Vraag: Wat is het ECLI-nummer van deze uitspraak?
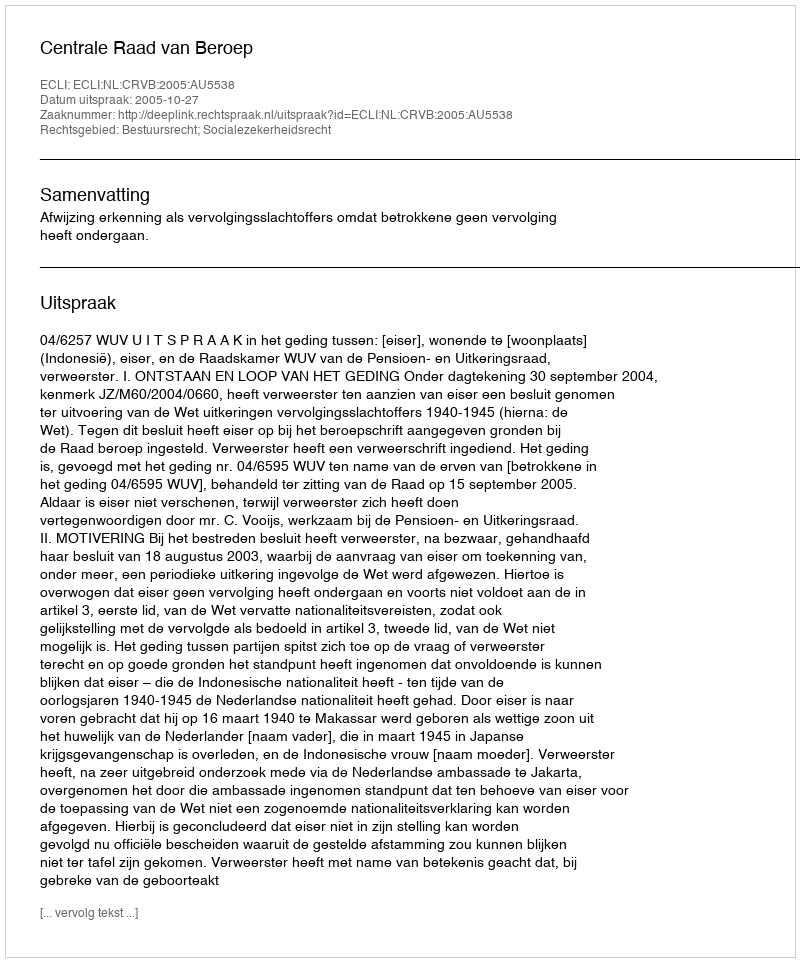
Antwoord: ECLI:NL:CRVB:2005:AU5538